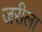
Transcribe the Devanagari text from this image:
जरीला